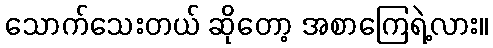
သောက်သေးတယ် ဆိုတော့ အစာကြေရဲ့လား။